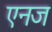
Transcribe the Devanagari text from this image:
एनज